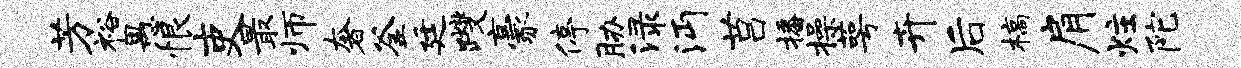
芳裕愚恨吏最师奢釜廷躞豪停胁渌沔莒播操萼卉后槁肩炷陀